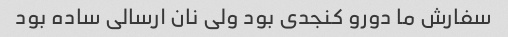
سفارش ما دورو کنجدی بود ولی نان ارسالی ساده بود